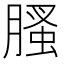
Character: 𦞣